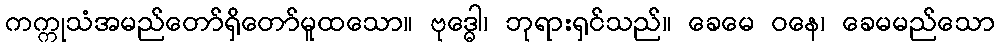
ကက္ကုသံအမည်တော်ရှိတော်မူထသော။ ဗုဒ္ဓေါ၊ ဘုရားရှင်သည်။ ခေမေ ဝနေ၊ ခေမမည်သော